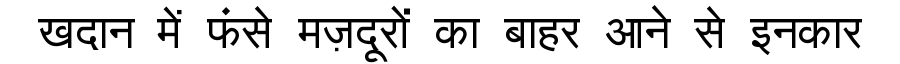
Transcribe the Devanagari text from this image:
खदान में फंसे मज़दूरों का बाहर आने से इनकार